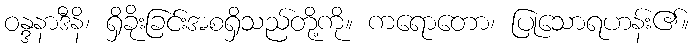
ဝန္ဒနာဒီနိ၊ ရှိခိုးခြင်းအစရှိသည်တို့ကို။ ကရောတော၊ ပြုသောရဟန်း၏။